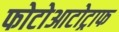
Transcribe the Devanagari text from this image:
फोटोआटोट्राफ